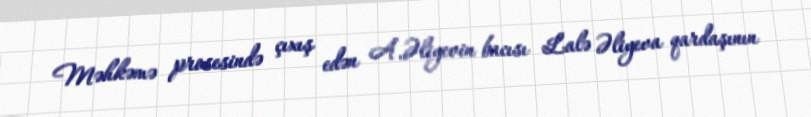
Məhkəmə prosesində çıxış edən A.Əliyevin bacısı Lalə Əliyeva qardaşının